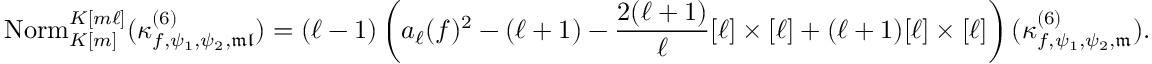
\mathrm { N o r m } _ { K [ m ] } ^ { K [ m \ell ] } ( \kappa _ { f , \psi _ { 1 } , \psi _ { 2 } , \mathfrak { m l } } ^ { ( 6 ) } ) = ( \ell - 1 ) \left( a _ { \ell } ( f ) ^ { 2 } - ( \ell + 1 ) - \frac { 2 ( \ell + 1 ) } { \ell } [ \ell ] \times [ \ell ] + ( \ell + 1 ) [ \ell ] \times [ \ell ] \right) ( \kappa _ { f , \psi _ { 1 } , \psi _ { 2 } , \mathfrak { m } } ^ { ( 6 ) } ) .